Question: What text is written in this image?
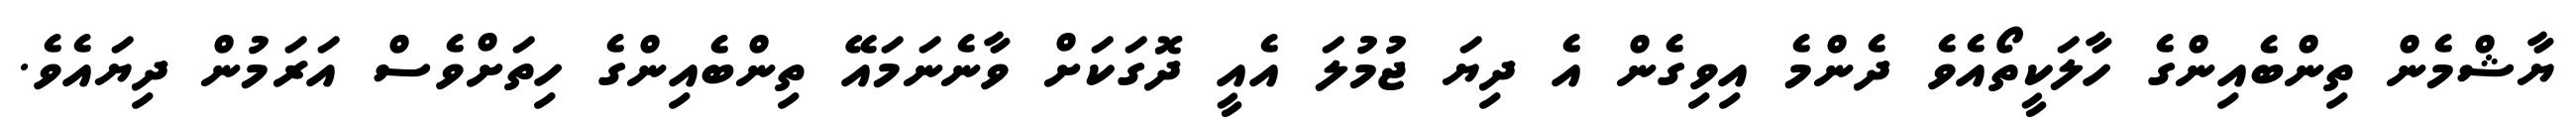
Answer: ޔާޝްމެން ތިންބެއިންގެ ހާލަކީތޯއެވެ ދެންމެ އިވިގެން އެ ދިޔަ ޖުމުލަ އެއީ ދޮގަކަށް ވާނެނަމައޭ ތިންބެއިންގެ ހިތަށްވެސް އަރަމުން ދިޔައެވެ.